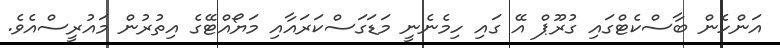
އަންހެން ބާސްކެޓްގައި ގުރޫޕް އޭ ގައި ހިމެނެނީ މަޑަގަސްކަރައާއި މަޔޯއްޓޭގެ އިތުރުން މައުރީސްއެވެ.